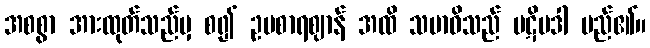
အစစွာ အားထုတ်သည်မှ စ၍ ဥပစာရဈာန် အထိ သမာဓိသည် ပဋိပဒါ မည်၏။